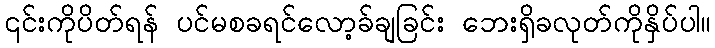
၎င်းကိုပိတ်ရန် ပင်မစခရင်လော့ခ်ချခြင်း ဘေးရှိခလုတ်ကိုနှိပ်ပါ။